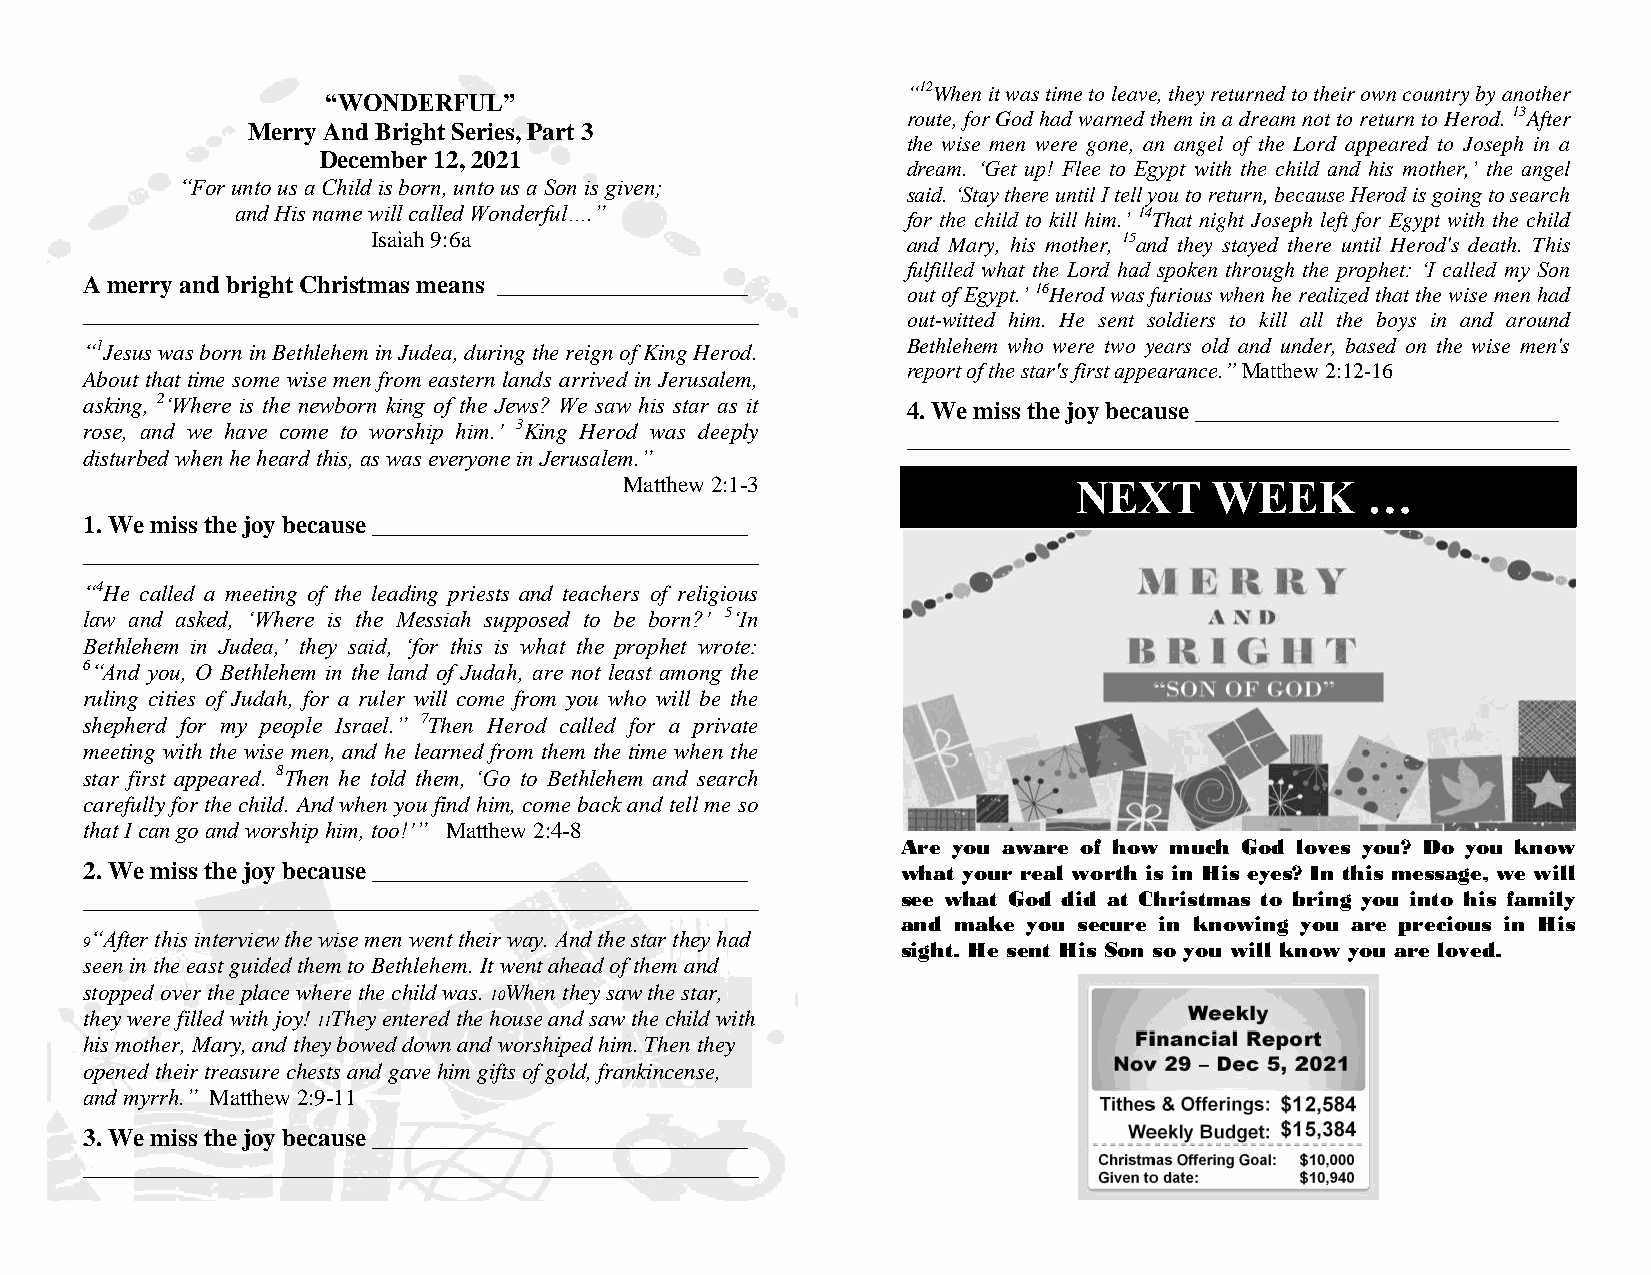
“12When it was time to leave, they returned to their own country by another
 “WONDERFUL”
 route, for God had warned them in a dream not to return to Herod. 13After
 Merry And Bright Series, Part 3
 the wise men were gone, an angel of the Lord appeared to Joseph in a
 December 12, 2021
 dream. ‘Get up! Flee to Egypt with the child and his mother,’ the angel
 “For unto us a Child is born, unto us a Son is given;
 said. ‘Stay there until I tell you to return, because Herod is going to search
 and His name will called Wonderful….”       for the child to kill him.’ 14That night Joseph left for Egypt with the child
 Isaiah 9:6a                        and Mary, his mother, 15and they stayed there until Herod's death. This
 fulfilled what the Lord had spoken through the prophet: ‘I called my Son
 A merry and bright Christmas means ____________________
 out of Egypt.’ 16Herod was furious when he realized that the wise men had
 ______________________________________________________
 out-witted him. He sent soldiers to kill all the boys in and around
 “1Jesus was born in Bethlehem in Judea, during the reign of King Herod. Bethlehem who were two years old and under, based on the wise men's
 report of the star's first appearance.” Matthew 2:12-16
 About that time some wise men from eastern lands arrived in Jerusalem,
 asking, 2‘Where is the newborn king of the Jews? We saw his star as it 4. We miss the joy because _____________________________
 rose, and we have come to worship him.’ 3King Herod was deeply
 _____________________________________________________
 disturbed when he heard this, as was everyone in Jerusalem.”
 Matthew 2:1-3                 NEXT     WEEK      …
 1. We miss the joy because ______________________________
 ______________________________________________________
 “4He called a meeting of the leading priests and teachers of religious
 law and asked, ‘Where is the Messiah supposed to be born?’ 5‘In
 Bethlehem in Judea,’ they said, ‘for this is what the prophet wrote:
 6“And you, O Bethlehem in the land of Judah, are not least among the
 ruling cities of Judah, for a ruler will come from you who will be the
 shepherd for my people Israel.” 7Then Herod called for a private
 meeting with the wise men, and he learned from them the time when the
 star first appeared. 8Then he told them, ‘Go to Bethlehem and search
 carefully for the child. And when you find him, come back and tell me so
 that I can go and worship him, too!’” Matthew 2:4-8
 Are you aware of how much God loves you? Do you know
 2. We miss the joy because ______________________________ what your real worth is in His eyes? In this message, we will
 ______________________________________________________ see what God did at Christmas to bring you into his family
 and make you secure in knowing you are precious in His
 “After this interview the wise men went their way. And the star they had
 9                                                      sight. He sent His Son so you will know you are loved.
 seen in the east guided them to Bethlehem. It went ahead of them and
 stopped over the place where the child was. When they saw the star,
 10
 they were filled with joy! They entered the house and saw the child with
 11
 his mother, Mary, and they bowed down and worshiped him. Then they
 opened their treasure chests and gave him gifts of gold, frankincense,
 and myrrh.” Matthew 2:9-11
 3. We miss the joy because ______________________________
 ______________________________________________________